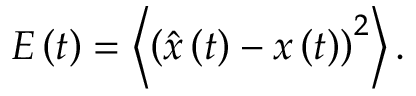
E \left( t \right) = \left\langle \left( \hat { x } \left( t \right) - x \left( t \right) \right) ^ { 2 } \right\rangle .